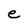
Character: e